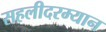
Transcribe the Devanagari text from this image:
सहलीदरम्यान